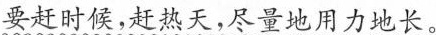
要赶时候，赶热天，尽量地用力地长。